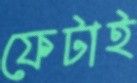
ফেটাই